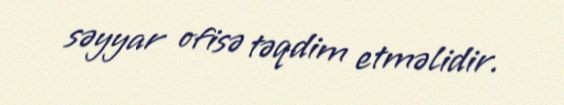
səyyar ofisə təqdim etməlidir.